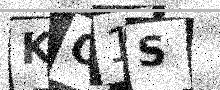
Text: KO1S